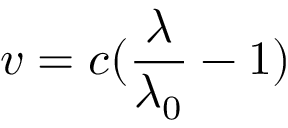
v = c ( \frac { \lambda } { \lambda _ { 0 } } - 1 )